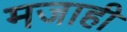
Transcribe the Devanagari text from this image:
मजाही